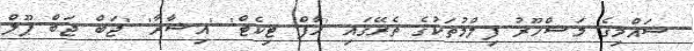
ޝައްމިގެ މަޝްހޫރު ފިލްމުތަކުގެ ތެރޭގައި 'ހާފް ޓިކެޓް' 'އިޝާރާ' 'ޖަބް ޖަބް ޕޫލް